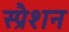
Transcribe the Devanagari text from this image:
स्प्रैशन